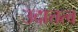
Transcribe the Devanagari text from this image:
उदात्तत्व